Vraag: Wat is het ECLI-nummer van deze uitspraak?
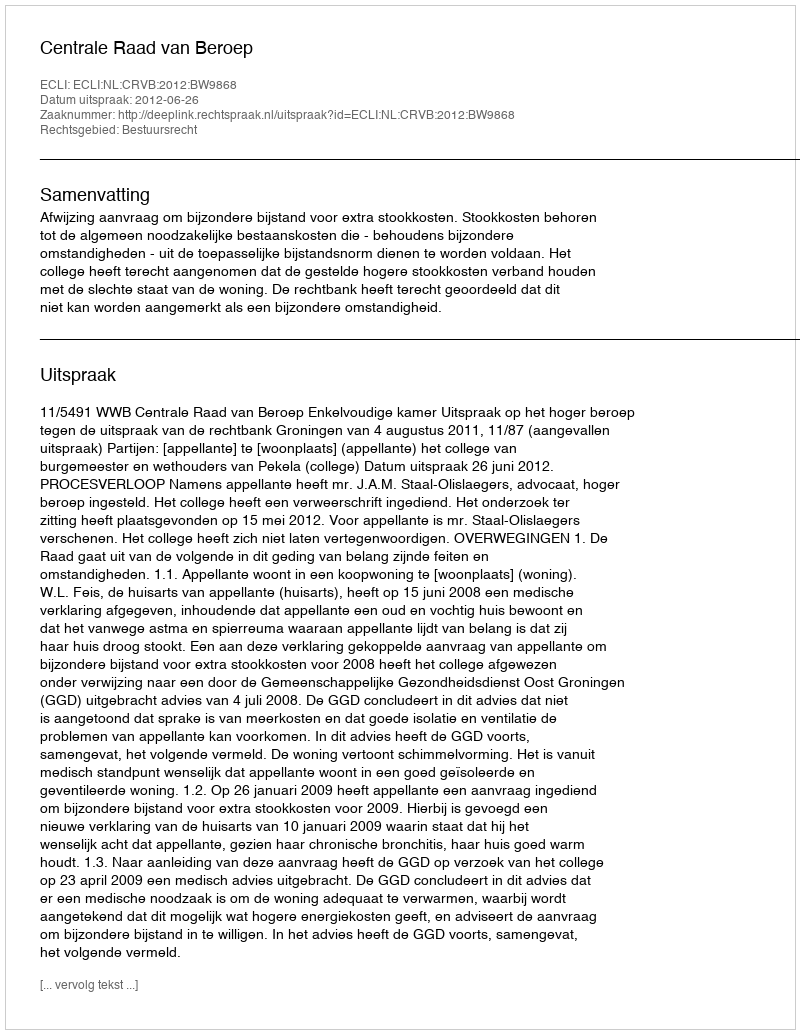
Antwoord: ECLI:NL:CRVB:2012:BW9868